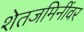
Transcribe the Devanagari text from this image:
शेतजमिनींवर